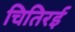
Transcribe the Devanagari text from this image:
चितिरई